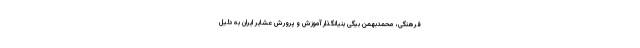
فرهنگی، محمدبهمن بیگی بنیانگذار آموزش و پرورش عشایر ایران به ‌دلیل